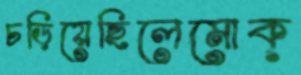
চড়িয়েছিলেমোক্